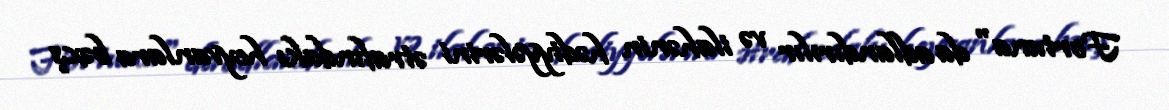
Fortuna" da adlandırılır və ilahənin hədiyyələrini ətrafındakı heyvanlara bəxş